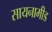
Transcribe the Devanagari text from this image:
सायनामीड